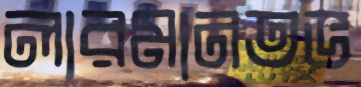
লারমানতভ